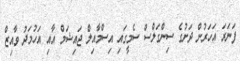
ފަނަރަ އަހަރުން ދަށުގެ ސިންގަލްސް ސެމީގައި އިސްމާއިލް ޖައިޝަމް އާއި އަހުމަދު ވާއިޒް